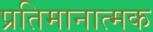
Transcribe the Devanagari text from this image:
प्रतिमानात्मक